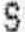
S